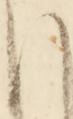
ほ